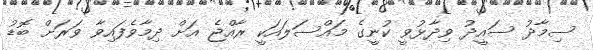
ސިމާދު ސައީދު ވިދާޅުވީ ކުނީގެ މައްސަލައަކީ ރާއްޖެ އަށް ދިމާވެފައިވާ ވަރަށް ބޮޑު